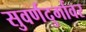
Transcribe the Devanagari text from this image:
सुवर्णदुर्गावर